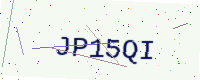
Text: JP15QI